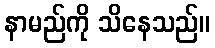
နာမည်ကို သိနေသည်။